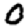
Digit: 0